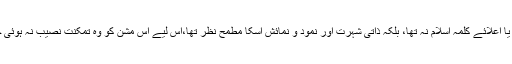
مگر چونکہ اس مشن کے قیام کا مقصد مسیح ثانی کی آمد کا اعلان یا اعلائے کلمہ اسلام نہ تھا، بلکہ ذاتی شہرت اور نمود و نمائش اسکا مطمح نظر تھا،اس لیے اس مشن کو وہ تمکنت نصیب نہ ہوئی جواعمال صالحہ بجا لانے والی تقویٰ شعار جماعت سے خاص ہے۔